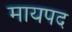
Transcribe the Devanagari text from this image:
मायपद